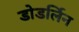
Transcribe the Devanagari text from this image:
डोडर्लिन